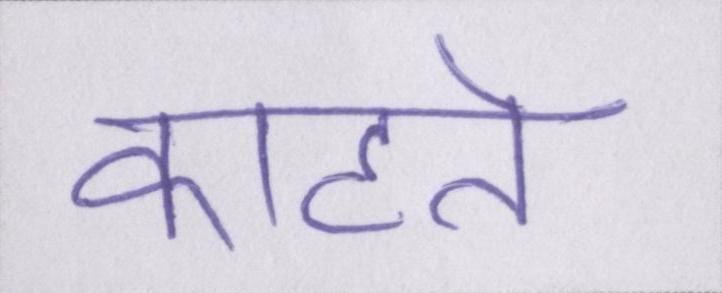
काटते